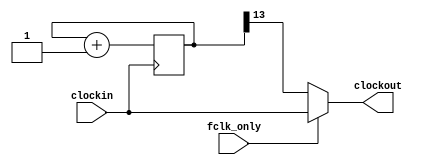
`timescale 1ns / 1ps
`default_nettype none
//////////////////////////////////////////////////////////////////////////////////
// Company: Ratner Surf Designs
// 
// Design Name: 
// Module Name: clk_2n_div_test
// Project Name: 
// Target Devices: 
// Tool Versions: 
// Description: Divides clock by 2^n. Allows for no clock division
//              or clock division based on fclk_only input. 
// 
//              fclk_only = 1 ==> outputs the input clock signal
//              fclk_only = 0 ==> outputs the divided clock signal
//
// Usage: 
//
//      clk_2n_div_test #(.n(25)) MY_DIV (
//          .clockin   (xxxx), 
//          .fclk_only (1),          
//          .clockout  (xxxx)   );  
// 
// Dependencies: 
// 
// Dependencies: 
// 
// Revision:
// Revision 1.00 - (12-05-2019) File Created
//          1.01 - (12-20-2020) changed paramerer location & comments
// 
// Additional Comments:
// 
//////////////////////////////////////////////////////////////////////////////////


module clk_2n_div_test  #(parameter n=13) (
   input wire clockin, 
   input wire fclk_only,   
   output reg clockout);  

    reg [n:0] count; 

    always@(posedge clockin) 
    begin 
        count <= count + 1; 
    end 

    always @ (*)
    begin
       if (fclk_only == 1)
          clockout = clockin; 
       else
          clockout = count[n]; 
    end
	
endmodule

`default_nettype wire